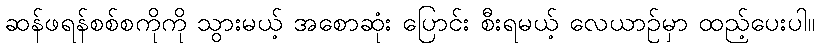
ဆန်ဖရန်စစ်စကိုကို သွားမယ့် အစောဆုံး ပြောင်း စီးရမယ့် လေယာဉ်မှာ ထည့်ပေးပါ။